Civil Veterinary Dept. Bombay admin report 1932-41 - 1932-1941
Year: 1932
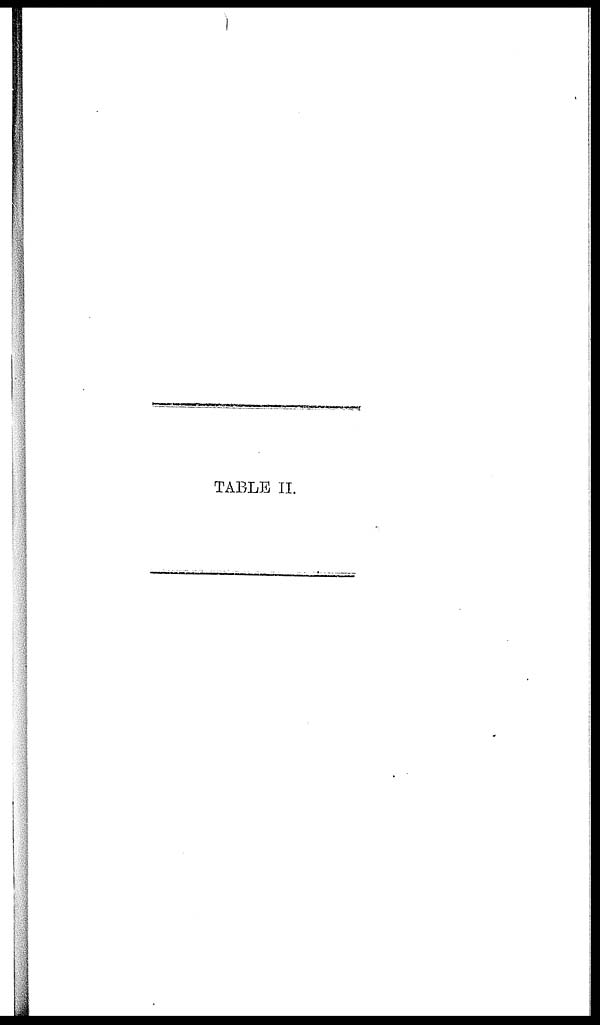
TABLE II.